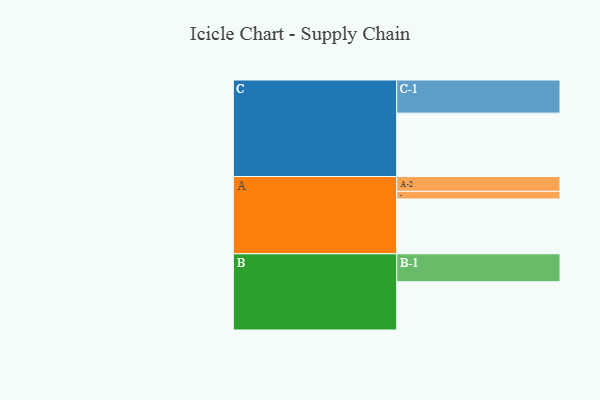
{"axis": {"x": "Segment", "y": "Value"}, "legend": ["", "A", "B", "C"], "data": [{"x": "A", "y": 359, "type": ""}, {"x": "B", "y": 316, "type": ""}, {"x": "C", "y": 415, "type": ""}, {"x": "A-1", "y": 50, "type": "A"}, {"x": "A-2", "y": 97, "type": "A"}, {"x": "B-1", "y": 183, "type": "B"}, {"x": "C-1", "y": 217, "type": "C"}]}